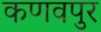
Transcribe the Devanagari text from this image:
कणवपुर